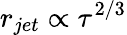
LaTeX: r_{jet}\propto\tau^{2/3}